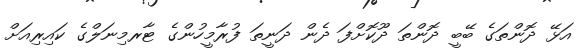
އަޅޭ ދޮންތަގެ ބޭބީ ދޮންތަ ދޫކޮށްފަ ދެން ދަނީތަ ފުރާމީހުންގެ ޓާރމިނަލްގެ ކައިރިއަށް